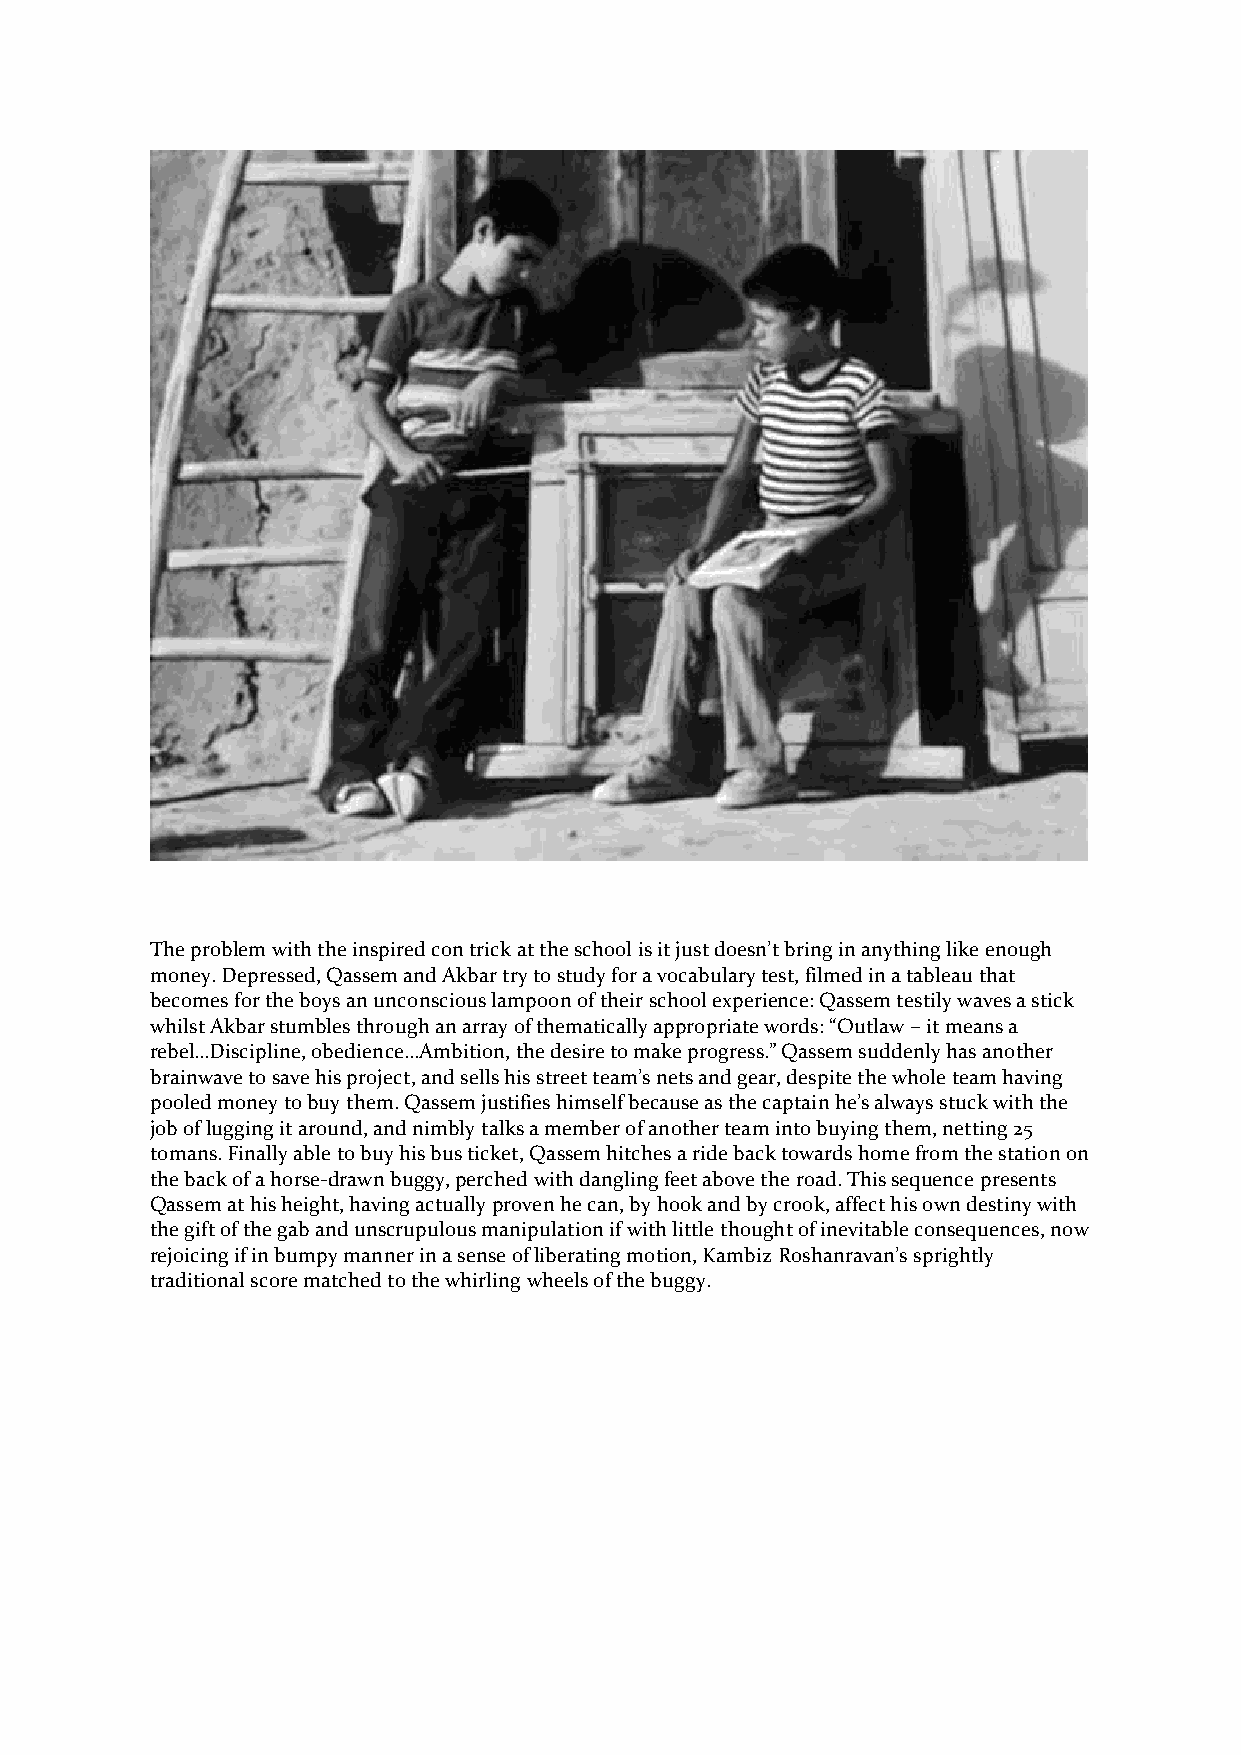
The problem with the inspired con trick at the school is it just doesn’t bring in anything like enough
 money. Depressed, Qassem and Akbar try to study for a vocabulary test, filmed in a tableau that
 becomes for the boys an unconscious lampoon of their school experience: Qassem testily waves a stick
 whilst Akbar stumbles through an array of thematically appropriate words: “Outlaw – it means a
 rebel…Discipline, obedience…Ambition, the desire to make progress.” Qassem suddenly has another
 brainwave to save his project, and sells his street team’s nets and gear, despite the whole team having
 pooled money to buy them. Qassem justifies himself because as the captain he’s always stuck with the
 job of lugging it around, and nimbly talks a member of another team into buying them, netting 25
 tomans. Finally able to buy his bus ticket, Qassem hitches a ride back towards home from the station on
 the back of a horse-drawn buggy, perched with dangling feet above the road. This sequence presents
 Qassem at his height, having actually proven he can, by hook and by crook, affect his own destiny with
 the gift of the gab and unscrupulous manipulation if with little thought of inevitable consequences, now
 rejoicing if in bumpy manner in a sense of liberating motion, Kambiz Roshanravan’s sprightly
 traditional score matched to the whirling wheels of the buggy.